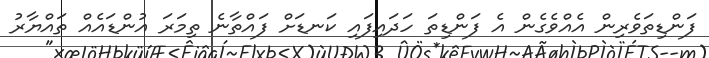
ފަންޑިތަވެރިން އެއްވެގެން އެ ފަންޑިތަ ހަދައިފައި ކަނޑަށް ފައްތާނެ ތިމަރަ އުންޑައެއް ތައްޔާރު